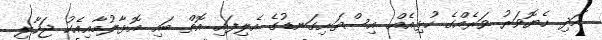
އަދި ހެޔޮވަރު ވަރެއްގެ ހުޅިއެއް އިސްތަށިގަނޑުގެ އެލިފައި އޮތް ބައި އޮޅާލުމާއިއެކު ޖަހާލި